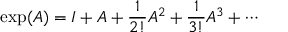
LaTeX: \exp ( A ) = I + A + { \frac { 1 } { 2 ! } } A ^ { 2 } + { \frac { 1 } { 3 ! } } A ^ { 3 } + \cdots